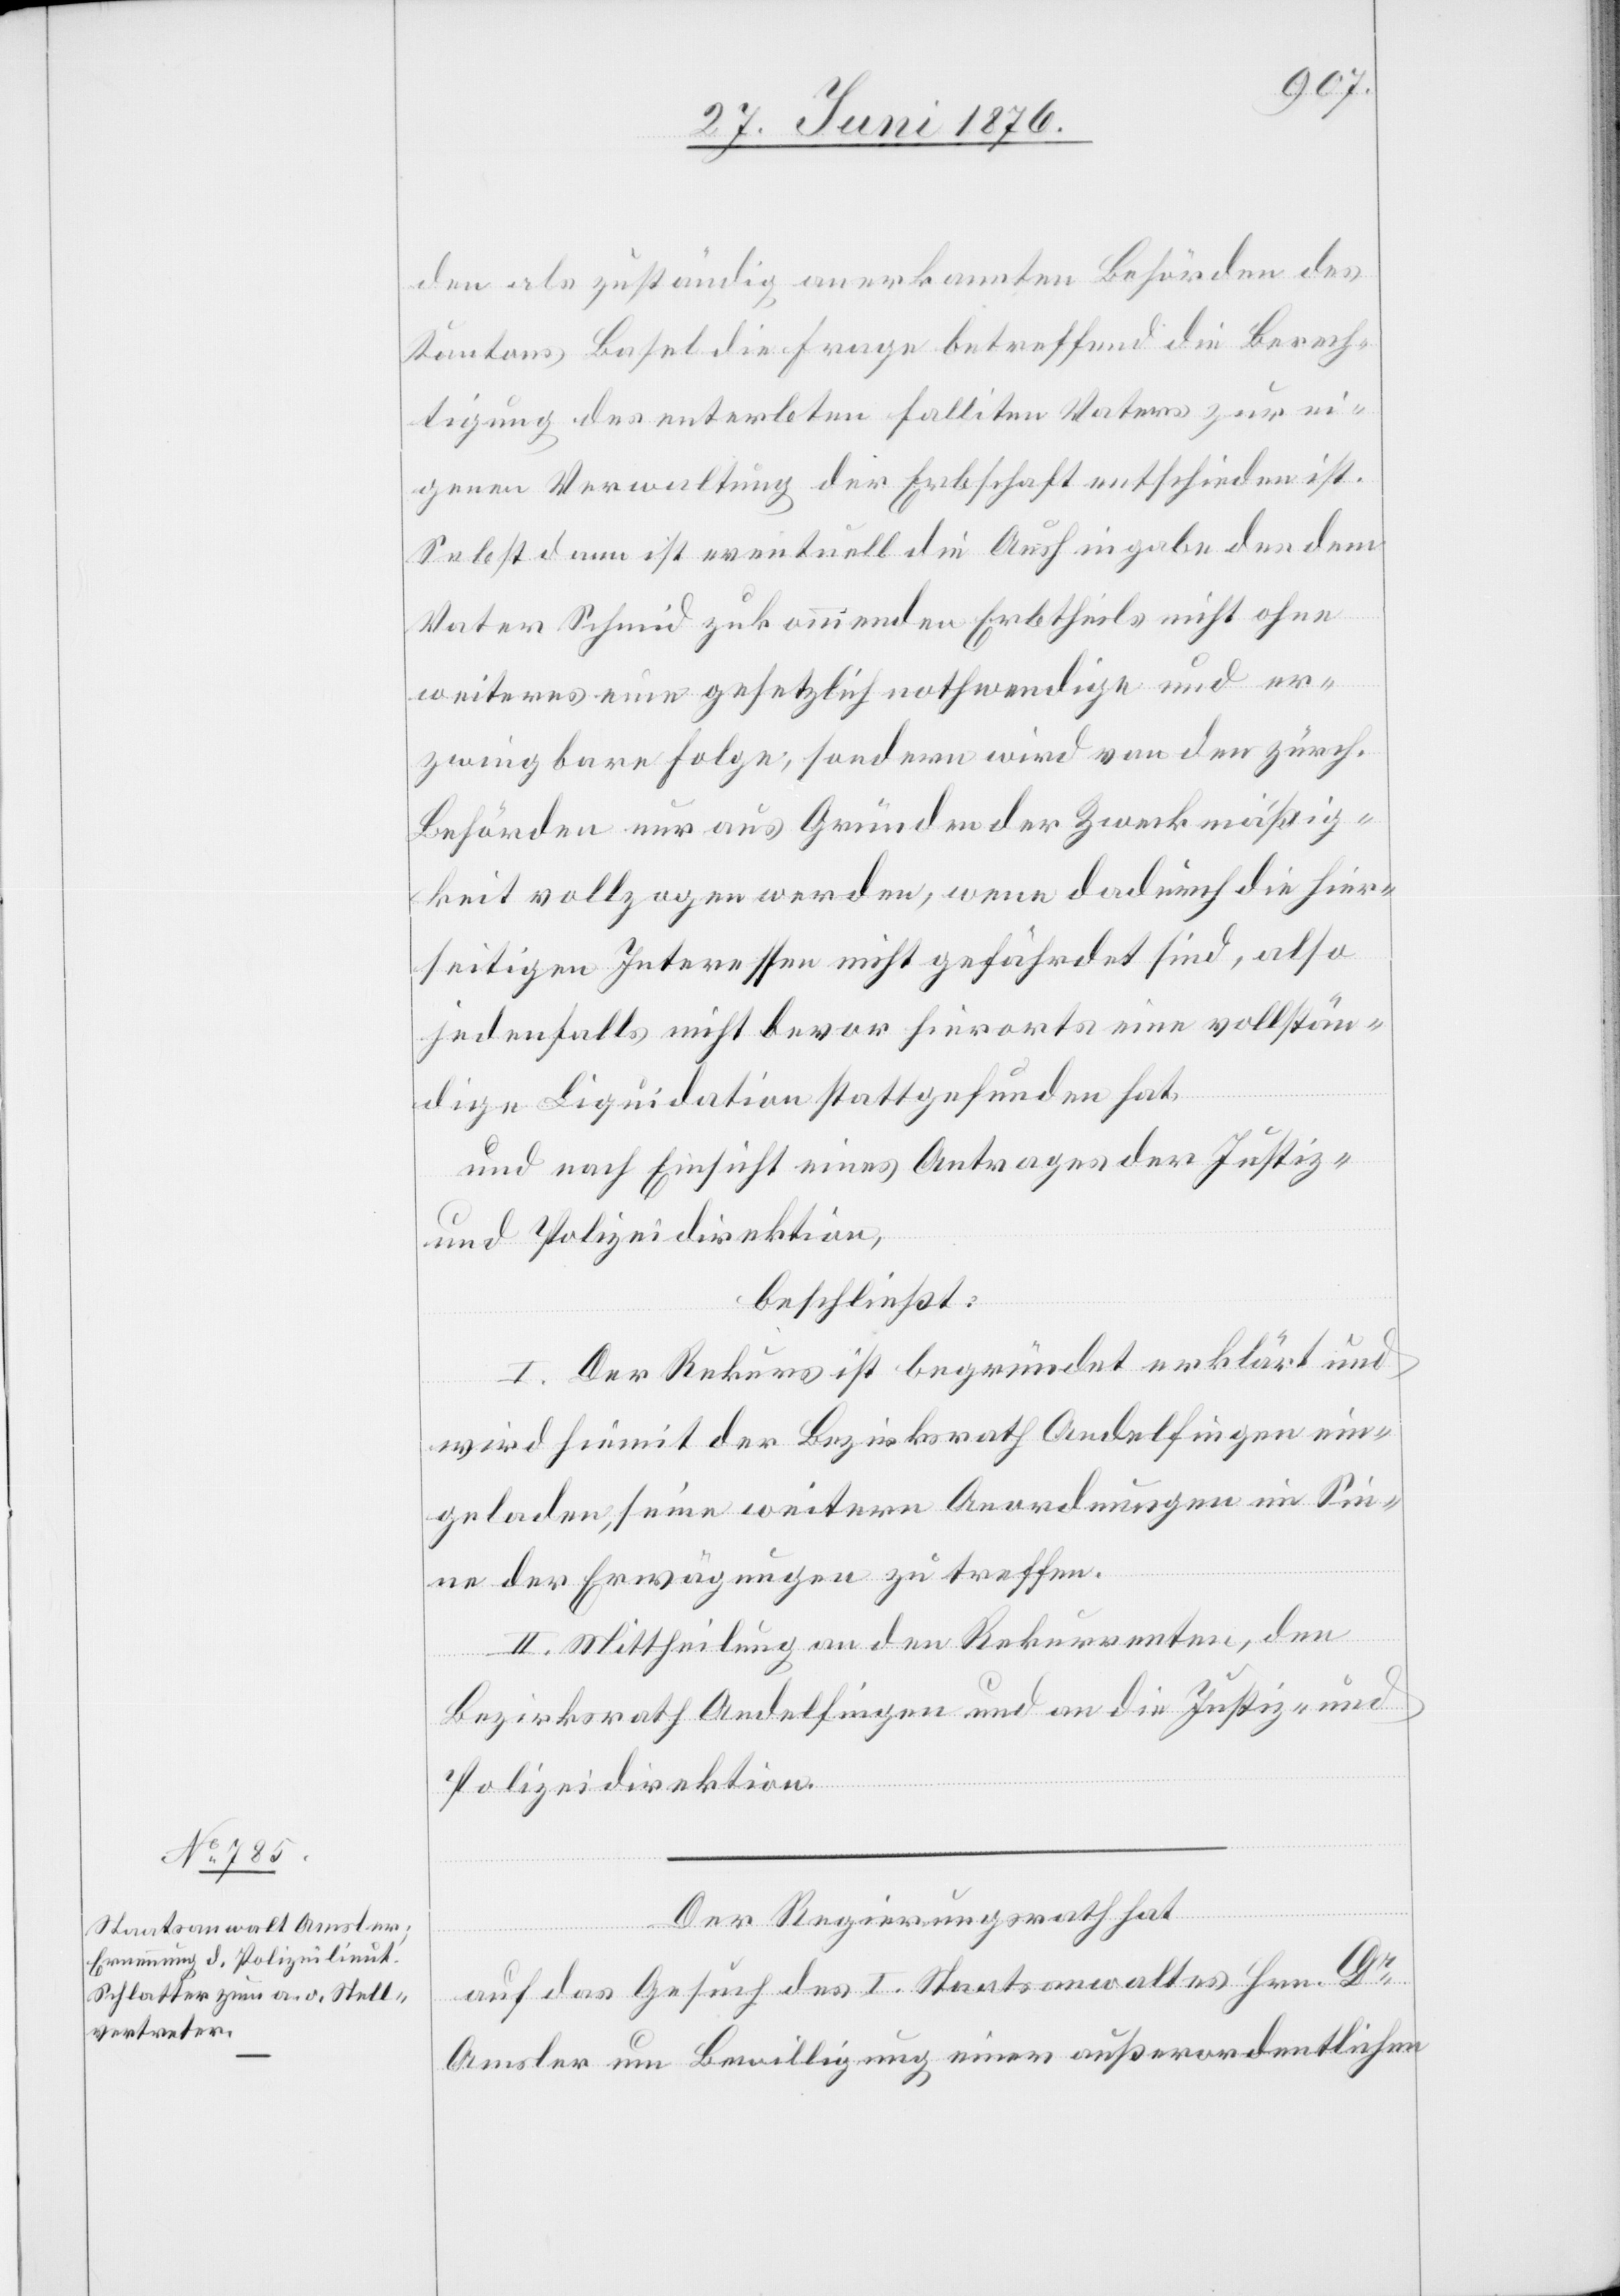
den als zuständig anerkannten Behörden des
Kantons Basel die Frage betreffend die Berech¬
tigung des enterbten falliten Vaters zur ei¬
genen Verwaltung der Erbschaft entschieden ist.
Se[l]bst dann ist eventuell die Aushingabe des dem
Vater Schmid zukommenden Erbtheils nicht ohne
weiteres eine gesetzlich nothwendige und er¬
zwingbare Folge, sondern wird von den zürch.
Behörden nur aus Gründen der Zweckmäßig¬
keit vollzogen werden, wenn dadurch die hier¬
seitigen Interessen nicht gefährdet sind, also
jedenfalls nicht bevor hierorts eine vollstän¬
dige Liquidation stattgefunden hat,
und nach Einsicht eines Antrages der Justiz-
und Polizeidirektion,
beschließt:
I. Der Rekurs ist begründet erklärt und
wird hiemit der Bezirksrath Andelfingen ein¬
geladen, seine weitern Anordnungen im Sin¬
ne der Erwägungen zu treffen.
II. Mittheilung an den Rekurrenten, den
Bezirksrath Andelfingen und an die Justiz- und
Polizeidirektion.
Der Regierungsrath hat
auf das Gesuch des I. Staatsanwaltes Hrn. Dr
Amsler um Bewilligung einer außerordentlichen